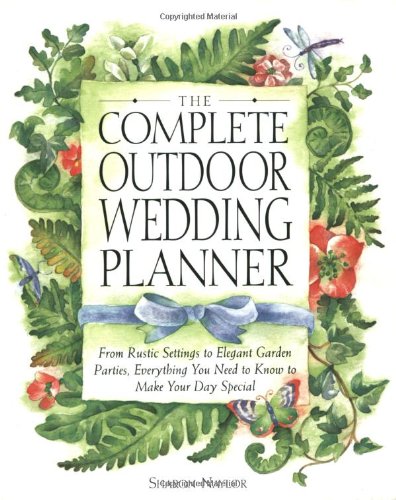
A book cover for The Complete Outdoor Wedding Planner: From Rustic Settings to Elegant Garden Parties, Everything You Need to Know to Make Your Day Special; Sharon Naylor; Crafts, Hobbies & Home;